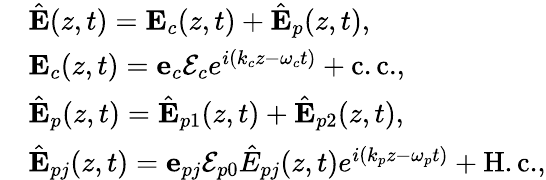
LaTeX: \begin{array}{rl}&{{\hat{\mathbf E}}(z,t)={\mathbf E}_{c}(z,t)+{\hat{\mathbf E}}_{p}(z,t),}\\ &{{\mathbf E}_{c}(z,t)={\mathbf e}_{c}{\cal E}_{c}e^{i(k_{c}z-\omega_{c}t)}+\mathrm{c.c.},}\\ &{{\hat{\mathbf E}}_{p}(z,t)={\hat{\mathbf E}}_{p1}(z,t)+{\hat{\mathbf E}}_{p2}(z,t),}\\ &{{\hat{\mathbf E}}_{pj}(z,t)={\mathbf e}_{pj}{\cal E}_{p0}{\hat{E}}_{pj}(z,t)e^{i(k_{p}z-\omega_{p}t)}+\mathrm{H.c.},}\end{array}